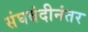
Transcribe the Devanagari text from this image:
संघबंदीनंतर